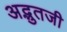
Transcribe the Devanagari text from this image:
अद्भुतजी